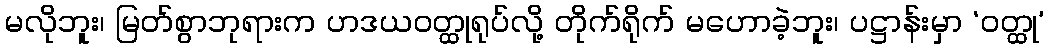
မလိုဘူး၊ မြတ်စွာဘုရားက ဟဒယဝတ္ထုရုပ်လို့ တိုက်ရိုက် မဟောခဲ့ဘူး၊ ပဋ္ဌာန်းမှာ ‘ဝတ္ထု’